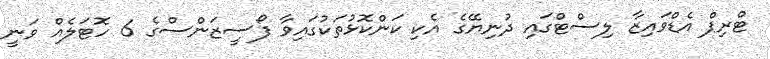
ޓްރިޕް އެޑްވައިޒާ ލިސްޓްގައި ދުނިޔޭގެ އެކި ކަންކޮޅުތަކުގައިވާ ފޯސީޒަންސްގެ 6 ހޮޓަލެއް ވަނީ